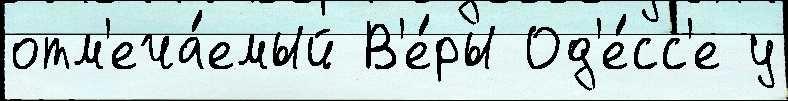
отм'еча́емый В'е́ры Од'е́сс'е у